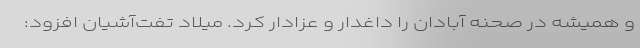
و همیشه در صحنه آبادان را داغدار و عزادار کرد. میلاد تفت‌آشیان افزود: